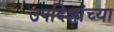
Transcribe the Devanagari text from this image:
उपदिशांच्या